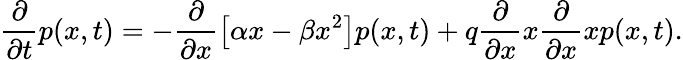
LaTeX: \frac{\partial}{\partial t}p(x,t)=-\frac{\partial}{\partial x}\left[\alpha x-\beta x^{2}\right]p(x,t)+q\frac{\partial}{\partial x}x\frac{\partial}{\partial x}xp(x,t).